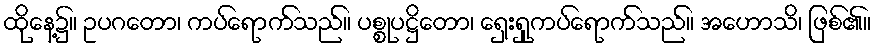
ထိုနေ့၌။ ဥပဂတော၊ ကပ်ရောက်သည်။ ပစ္စုပဋ္ဌိတော၊ ရှေးရှုကပ်ရောက်သည်။ အဟောသိ၊ ဖြစ်၏။